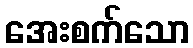
အေးစက်သော